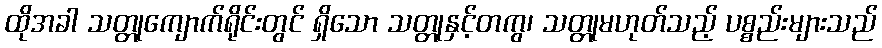
ထိုအခါ သတ္တုကျောက်ရိုင်းတွင် ရှိသော သတ္တုနှင့်တကွ၊ သတ္တုမဟုတ်သည့် ပစ္စည်းများသည်